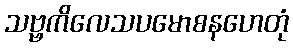
သဗ္ဗကိလေသပမောစနဟေတုံ